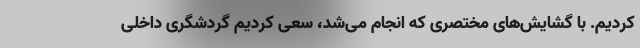
کردیم. با گشایش‌های مختصری که انجام می‌شد، سعی کردیم گردشگری داخلی